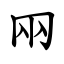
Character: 㒳